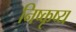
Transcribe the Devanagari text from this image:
निष्कृष्य